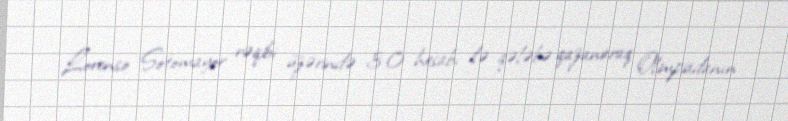
Lorenso Sotomayor rəqibi üzərində 3:0 hesabı ilə qələbə qazanaraq Olimpiadanın